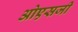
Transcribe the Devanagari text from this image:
ओएसजी